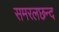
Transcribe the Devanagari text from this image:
समरलछन्द